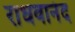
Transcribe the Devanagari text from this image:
राधवानंद